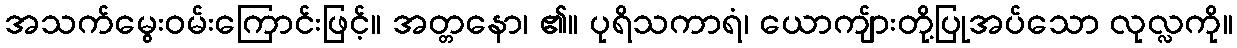
အသက်မွေးဝမ်းကြောင်းဖြင့်။ အတ္တနော၊ ၏။ ပုရိသကာရံ၊ ယောကျ်ားတို့ပြုအပ်သော လုလ္လကို။